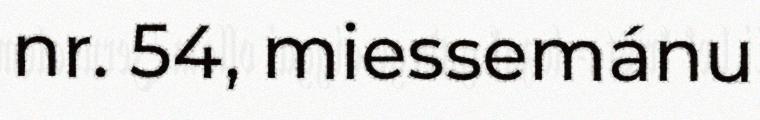
nr. 54, miessemánu